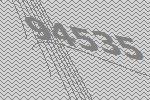
94535